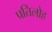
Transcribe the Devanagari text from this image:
प्रतिलोह